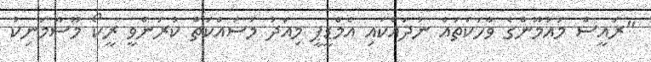
"ރައީސް މައުމޫންގެ ވާހަކަތައް ނުދައްކައި އެމްޑީޕީ މިއަދު މަސައްކަތް ކުރަންވީ ރީކޯ މޫސާމަނިކު